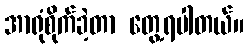
အာရုံစိုက်ခဲ့တာ တွေ့ရပါတယ်။